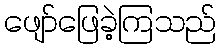
ဖျော်ဖြေခဲ့ကြသည်